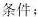
条件；